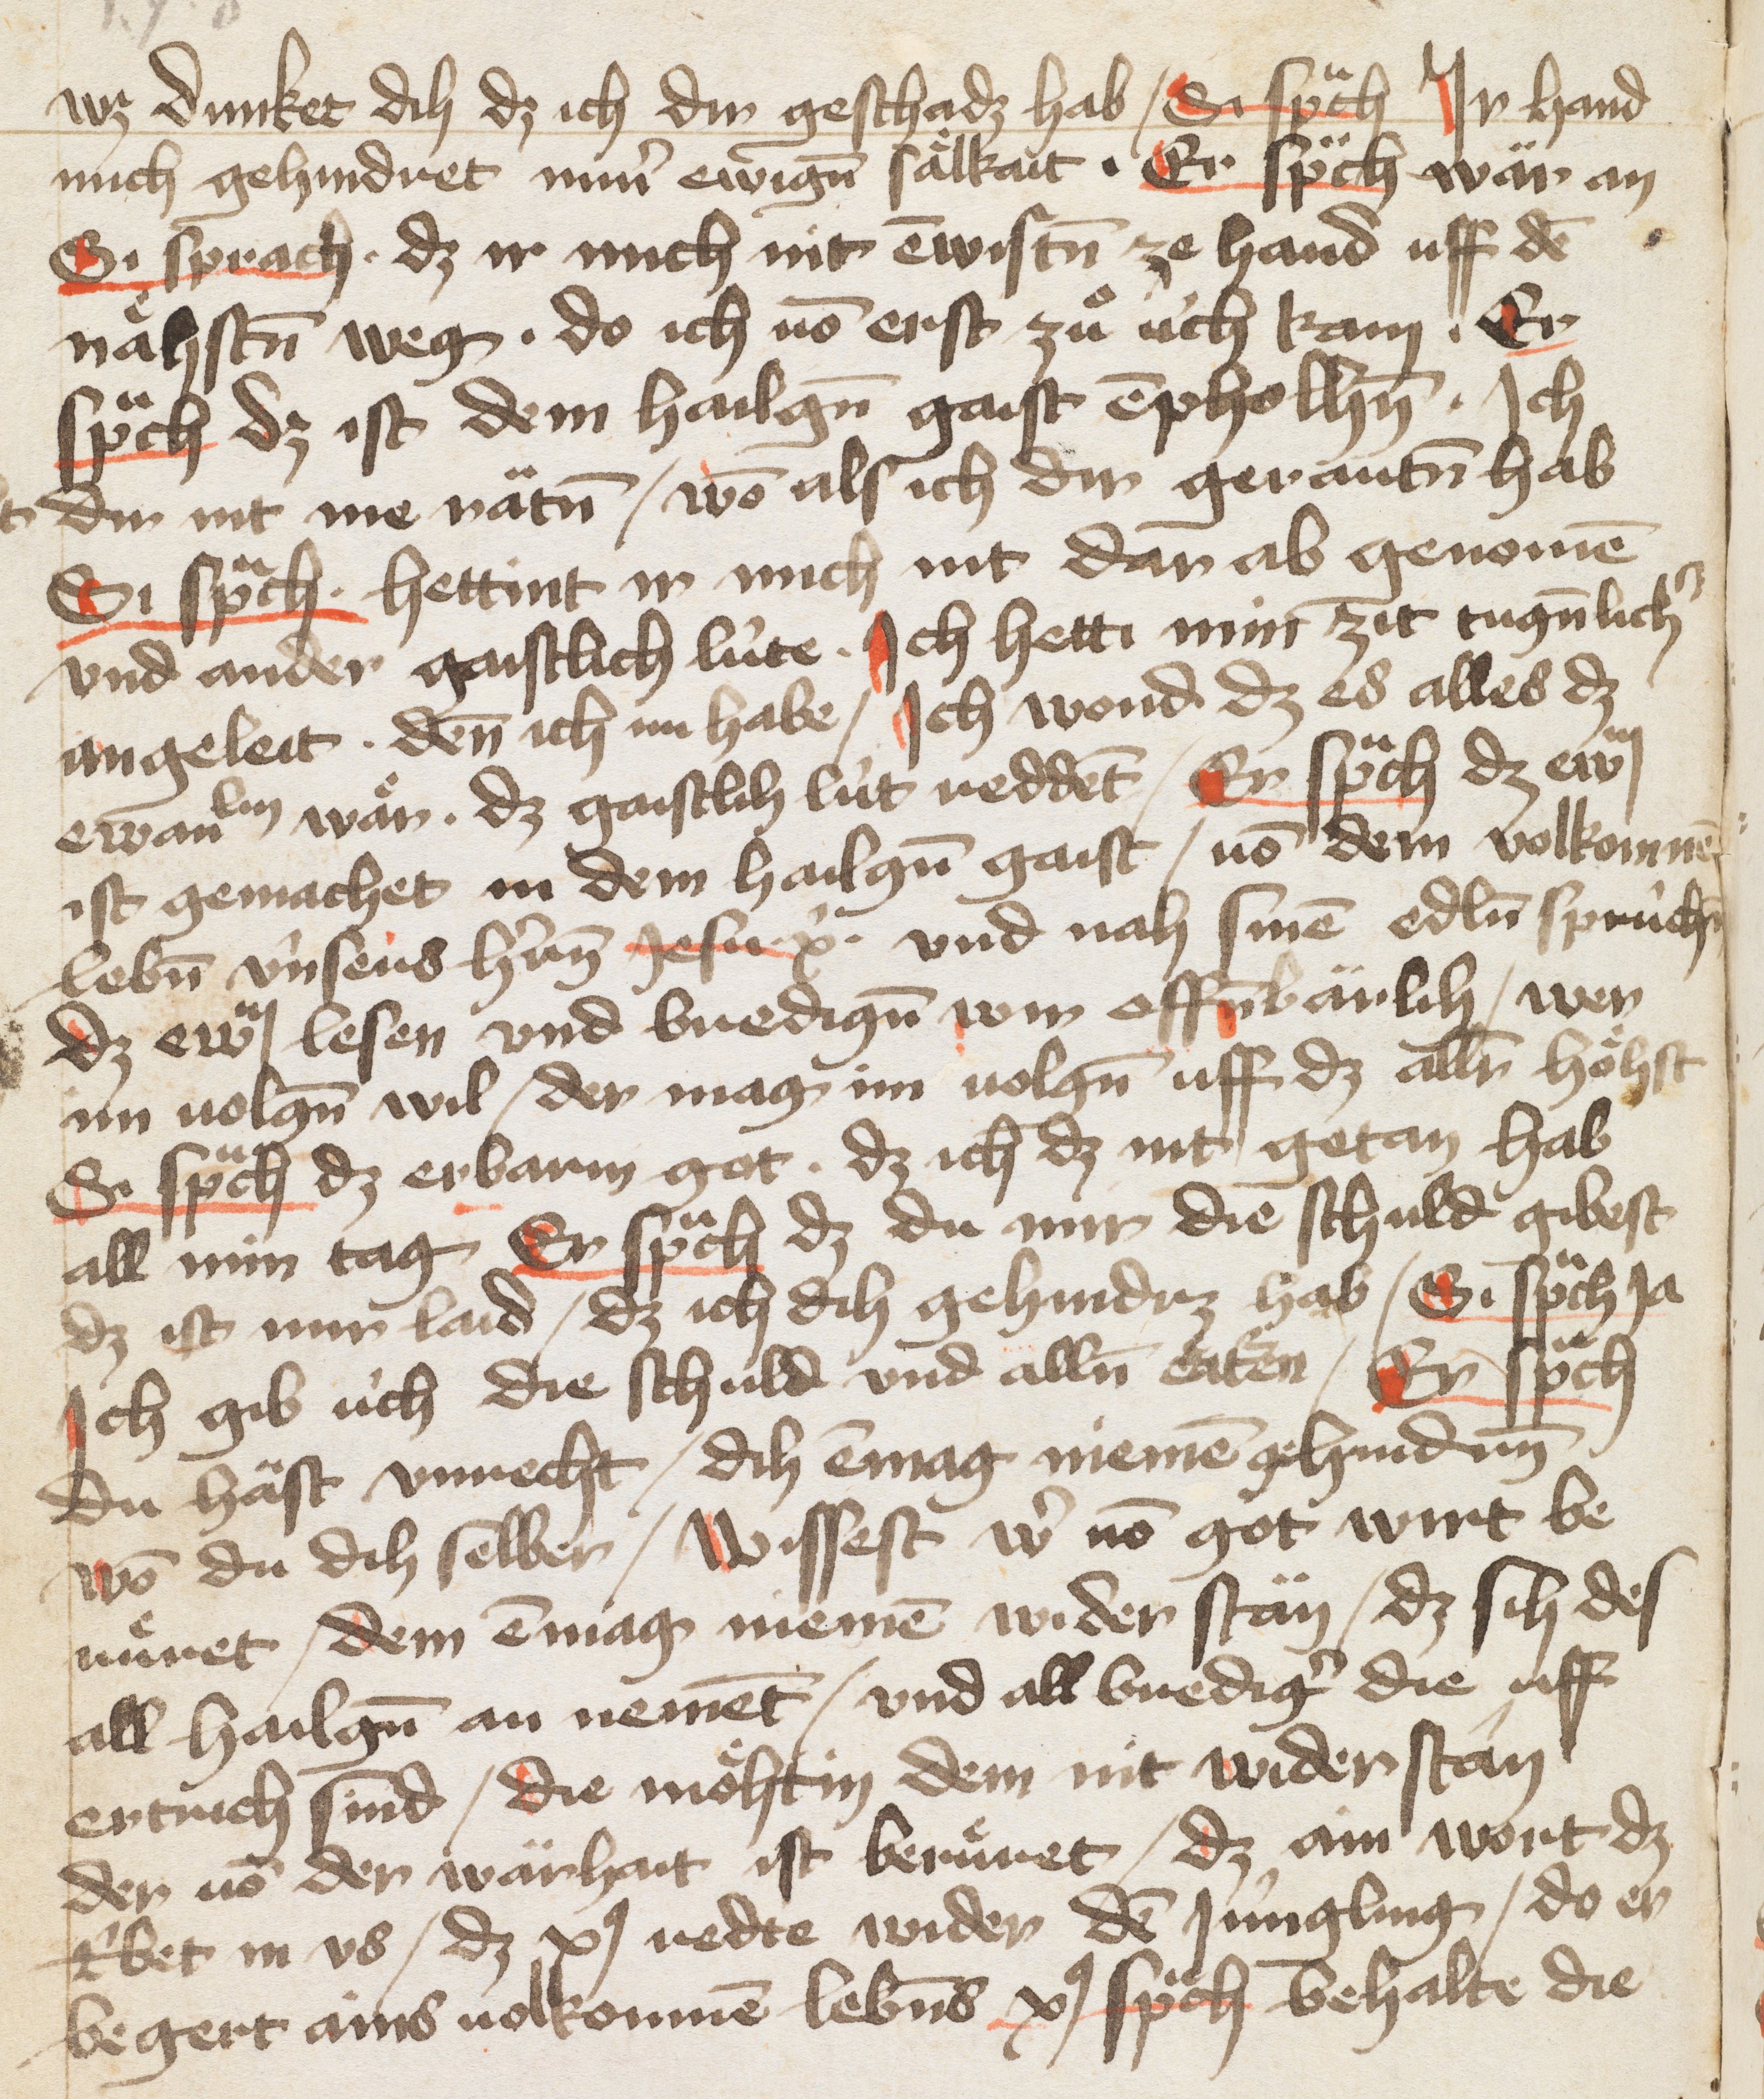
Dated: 1400–1499